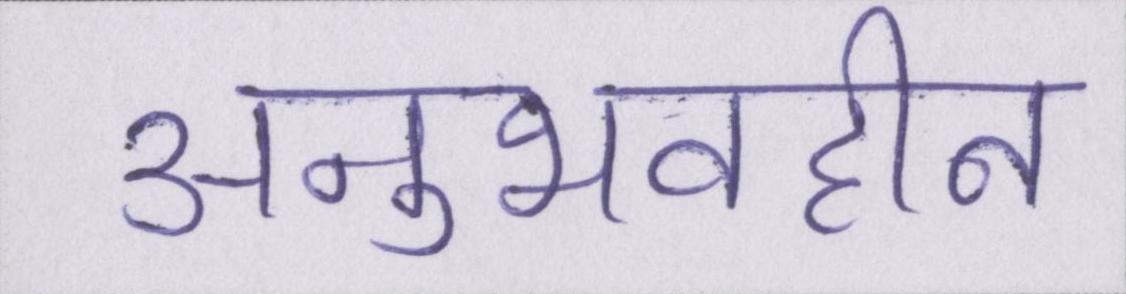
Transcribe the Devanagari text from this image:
अनुभवहीन